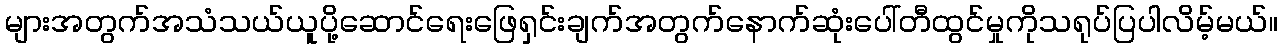
များအတွက်အသံသယ်ယူပို့ဆောင်ရေးဖြေရှင်းချက်အတွက်နောက်ဆုံးပေါ်တီထွင်မှုကိုသရုပ်ပြပါလိမ့်မယ်။